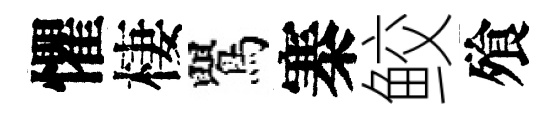
懼棲鸎寨鲛飱